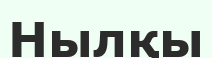
Нылқы